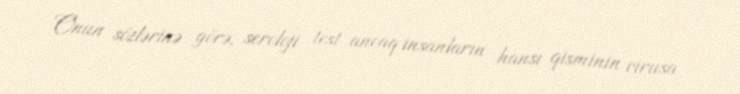
Onun sözlərinə görə, seroloji test ancaq insanların hansı qisminin virusa